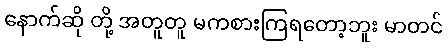
နောက်ဆို တို့ အတူတူ မကစားကြရတော့ဘူး မာတင်